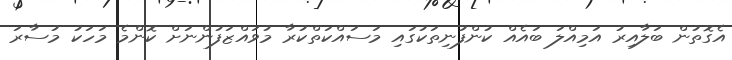
އެގޮތުން ބަލާއިރު އަމިއްލަ ބައެއް ކުންފުނިތަކުގައި މަސައްކަތްކުރާ މުވައްޒަފުންނަށް ކޮންމެ މަހަކު މުސާރަ